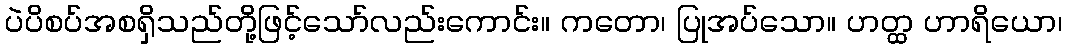
ပဲပိစပ်အစရှိသည်တို့ဖြင့်သော်လည်းကောင်း။ ကတော၊ ပြုအပ်သော။ ဟတ္ထ ဟာရိယော၊